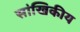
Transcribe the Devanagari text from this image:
सांखिकीय